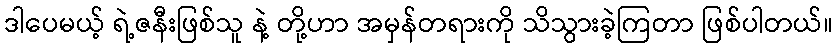
ဒါပေမယ့် ရဲ့ဇနီးဖြစ်သူ နဲ့ တို့ဟာ အမှန်တရားကို သိသွားခဲ့ကြတာ ဖြစ်ပါတယ်။